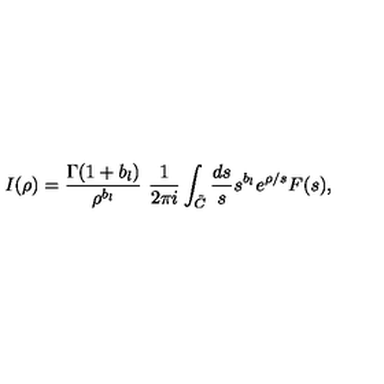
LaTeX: I ( \rho ) = \frac { \Gamma ( 1 + b _ { l } ) } { \rho ^ { b _ { l } } } \ \frac { 1 } { 2 \pi i } \int _ { \tilde { C } } \frac { d s } { s } s ^ { b _ { l } } e ^ { \rho / s } F ( s ) ,